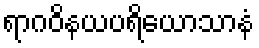
ရာဂဝိနယပရိယောသာနံ